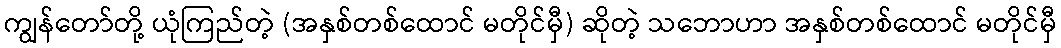
ကျွန်တော်တို့ ယုံကြည်တဲ့ (အနှစ်တစ်ထောင် မတိုင်မှီ) ဆိုတဲ့ သဘောဟာ အနှစ်တစ်ထောင် မတိုင်မှီ